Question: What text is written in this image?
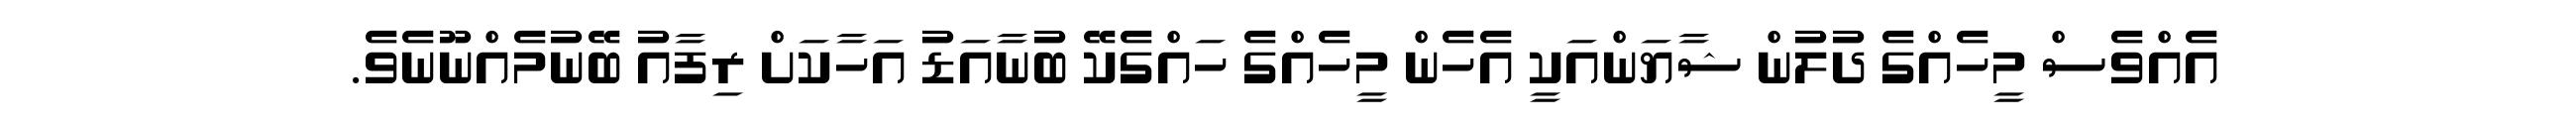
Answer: އެއްވެސް މީހެއްގެ ދުލުން ޝާޔަންއަކީ އެހެން މީހެއްގެ ހައްގެކޭ ބުނާއަޑު އަހާކަށް ރިފާއު ބޭނުމެއްނޫނެވެ.